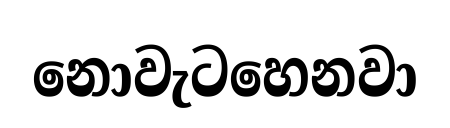
නොවැටහෙනවා